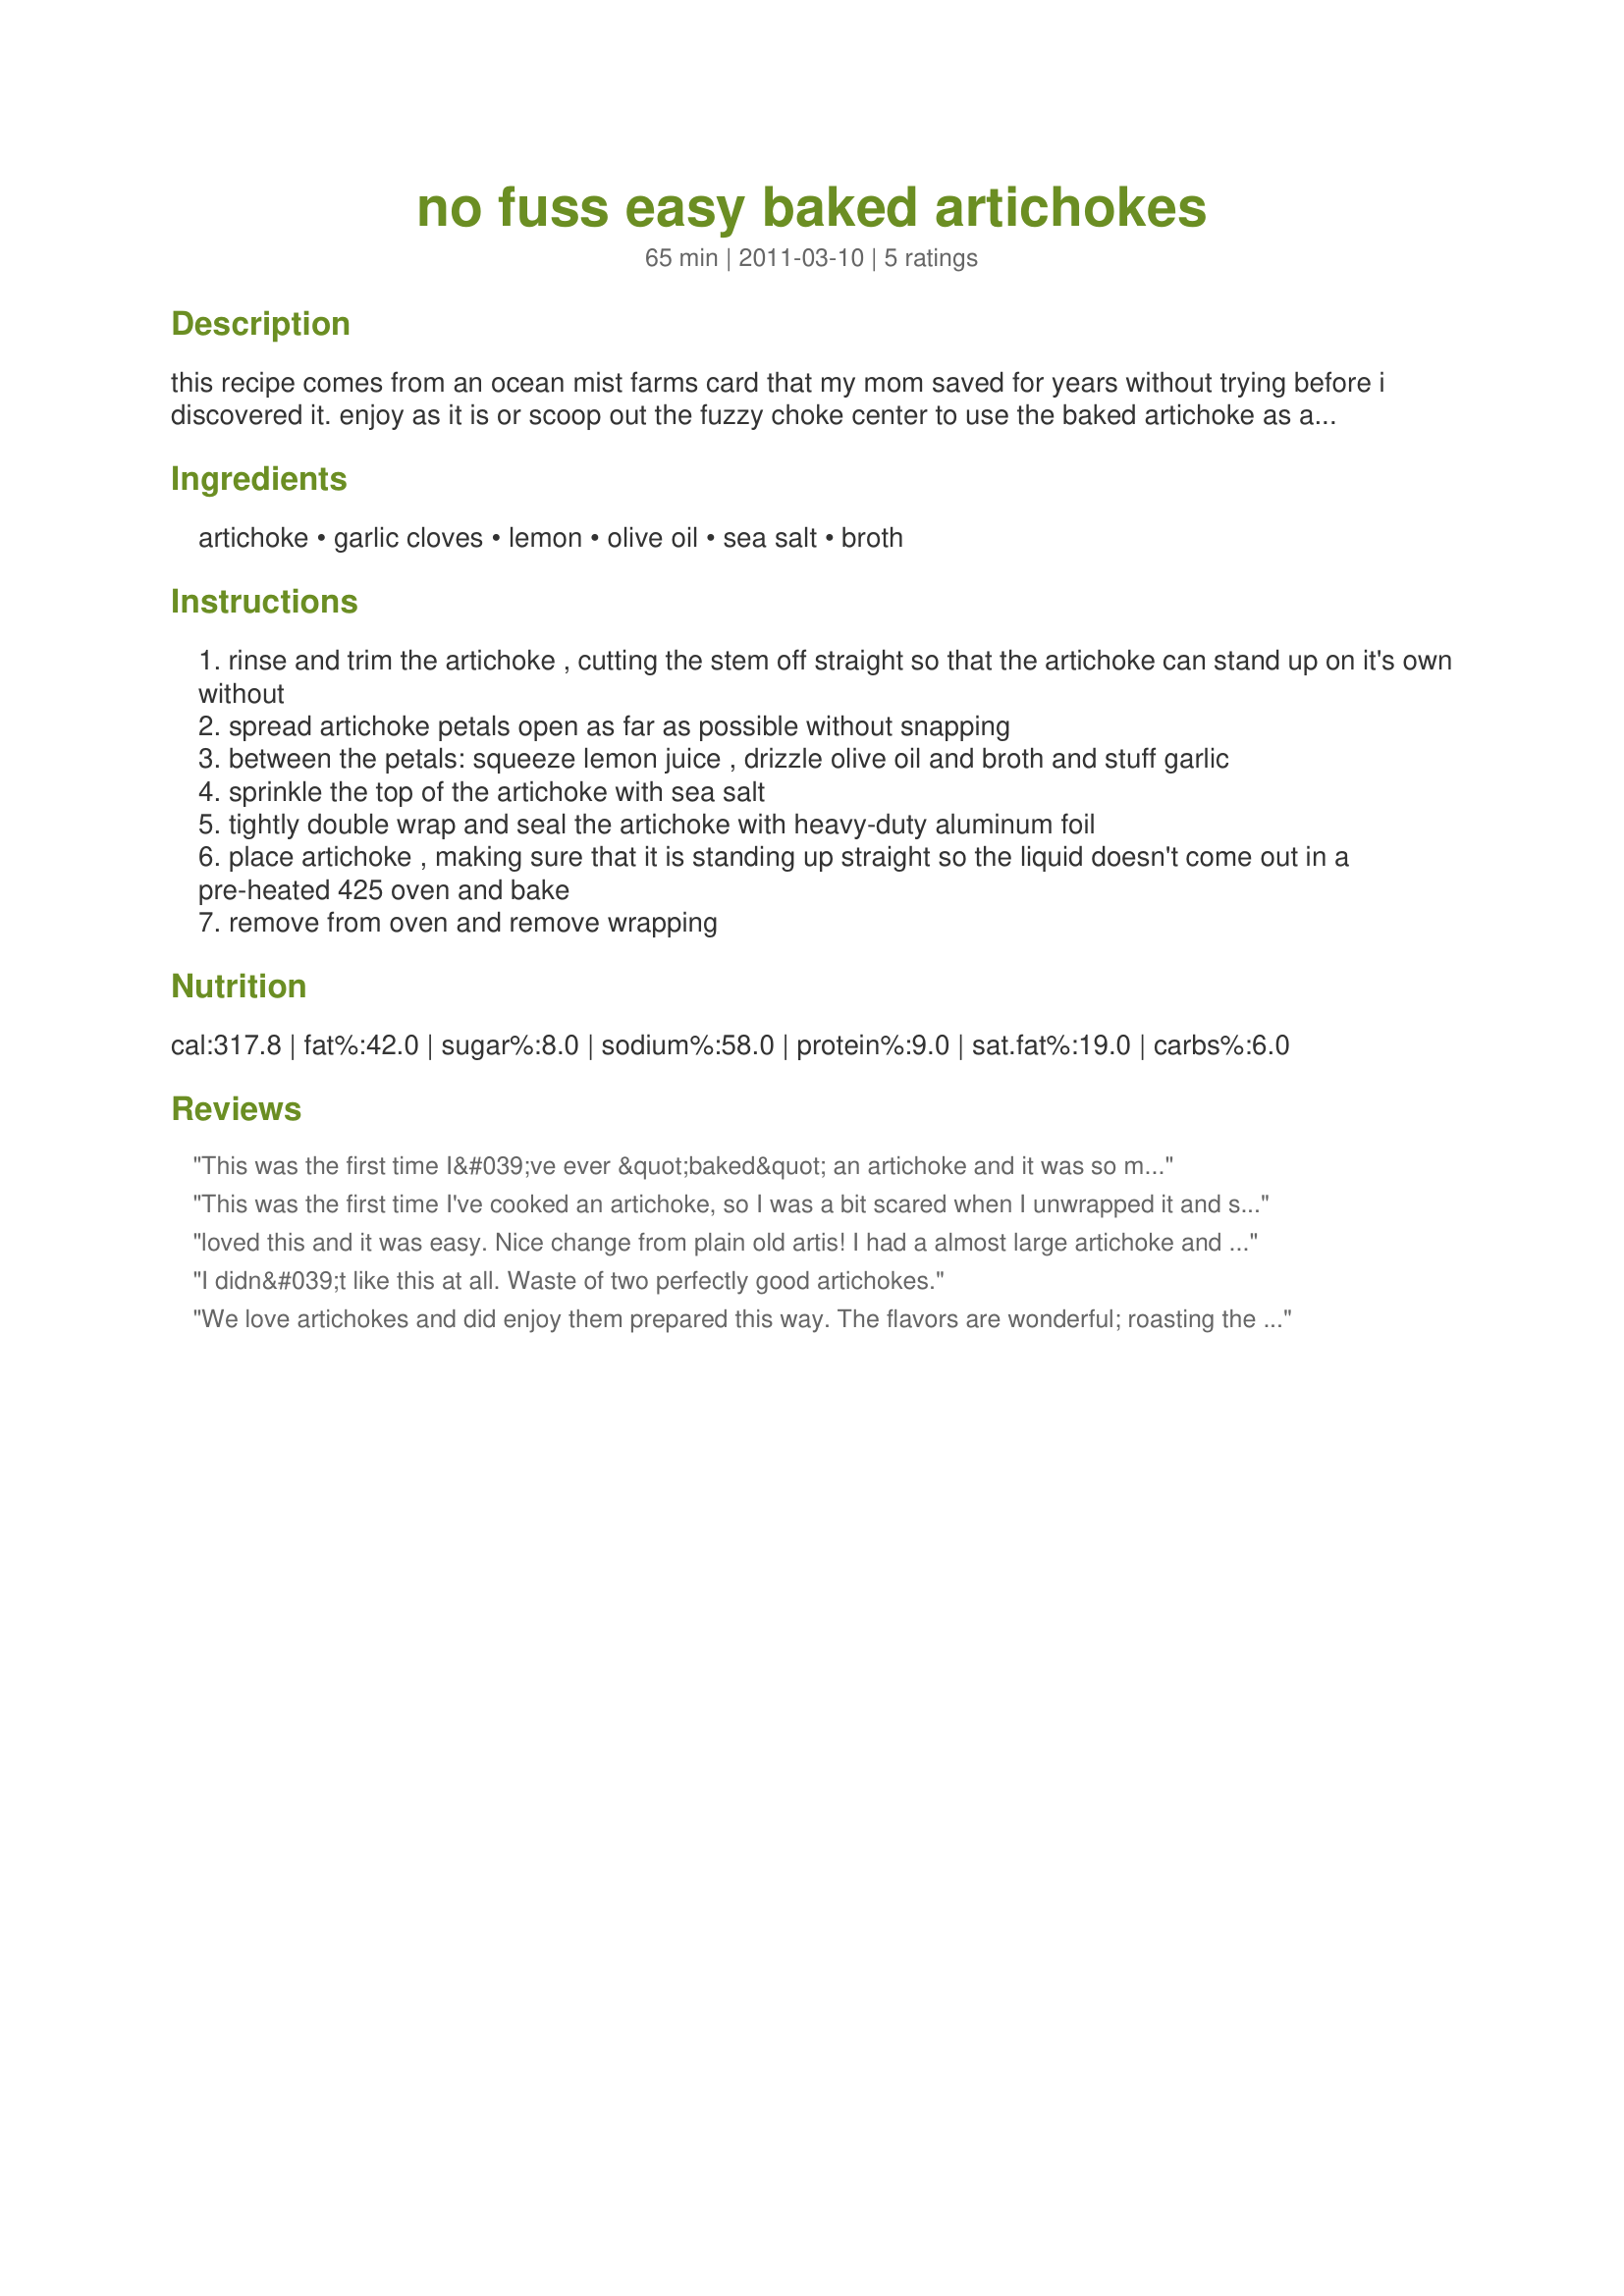
no fuss easy baked artichokes
Preparation time: 65 minutes

this recipe comes from an ocean mist farms card that my mom saved for years without trying before i discovered it. enjoy as it is or scoop out the fuzzy choke center to use the baked artichoke as an edible bowl filled with stew or dip.

Ingredients:
artichoke, garlic cloves, lemon, olive oil, sea salt, broth

Steps:
rinse and trim the artichoke , cutting the stem off straight so that the artichoke can stand up on it's own without
spread artichoke petals open as far as possible without snapping
between the petals: squeeze lemon juice , drizzle olive oil and broth and stuff garlic
sprinkle the top of the artichoke with sea salt
tightly double wrap and seal the artichoke with heavy-duty aluminum foil
place artichoke , making sure that it is standing up straight so the liquid doesn't come out in a pre-heated 425 oven and bake
remove from oven and remove wrapping

Reviews:
This was the first time I&#039;ve ever &quot;baked&quot; an artichoke and it was so much easier and taste so much better than boiling. Everyone raved about it and this will be the way I make them from no on. All the spices stayed right on and added to the wonderful flavor. My chokes were pretty big so I baked for 90 minutes and they came out perfect. Thanks so much for posting this awesome recipe
This was the first time I've cooked an artichoke, so I was a bit scared when I unwrapped it and saw it was ......well, kind of brown. I thought I'd overcooked it, and maybe I did. I cooked for 67 minutes. Regardless of what it looked like, it tasted phenomenal! Because of the garlic (bonus...roasted garlic with this recipe!) and olive oil, there is really no need to dip the petals in butter or other fattening sauces. I absolutely loved this and will definitely do this again....so easy to make, and soooo delicious!
loved this and it was easy. Nice change from plain old artis! I had a almost large artichoke and cooked it 65 minutes. Think I could have gone to 70/75 min. Thanks so much for posting this S-a-T. Another winner! Stacy G made for CQ 2016 Greece.
I didn&#039;t like this at all. Waste of two perfectly good artichokes.
We love artichokes and did enjoy them prepared this way. The flavors are wonderful; roasting the garlic in the artichoke is very tasty. These artichokes were made as written only cooking 60 minutes and it looked over cooked and was falling apart tender. Thank for the post.
